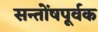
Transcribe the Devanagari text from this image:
सन्तोंषपूर्वक